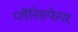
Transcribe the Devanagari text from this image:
प्लैनिसफेयर